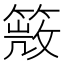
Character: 𥰙